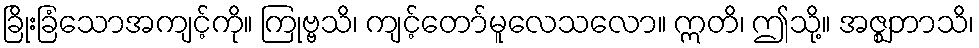
ခြိုးခြံသောအကျင့်ကို။ ကြုဗ္ဗသိ၊ ကျင့်တော်မူလေသလော။ ဣတိ၊ ဤသို့။ အဇ္ဈဘာသိ၊